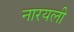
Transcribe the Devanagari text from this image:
नारयली